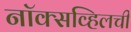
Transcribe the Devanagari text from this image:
नॉक्सव्हिलची